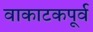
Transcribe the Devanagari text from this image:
वाकाटकपूर्व